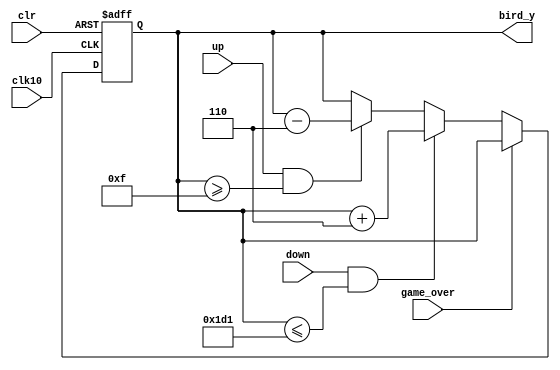
module Draw_Bird(
    input clk10,
    input clr,
	 input game_over,
    input up,
	 input down,
    output reg [9:0] bird_y
    );
	
	// set the initial position of the bird while the game start
	 initial bird_y = 10'd90;
	 
	 always @ (posedge clk10, negedge clr) 
	 begin
		//reset
		if (!clr)
			bird_y <= 10'd90;
		//while the game is still going on
		else if (~game_over)
		 begin
			if ((up == 1) && (bird_y >= 10'd15))
				bird_y <= bird_y - 10'd6;
			if ((down == 1) && (bird_y <= 10'd465))
				bird_y <= bird_y + 10'd6;
		end
	 end
endmodule